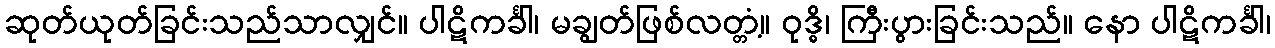
ဆုတ်ယုတ်ခြင်းသည်သာလျှင်။ ပါဋိကင်္ခါ၊ မချွတ်ဖြစ်လတ္တံ့။ ဝုဒ္ဓိ၊ ကြီးပွားခြင်းသည်။ နော ပါဋိကင်္ခါ၊